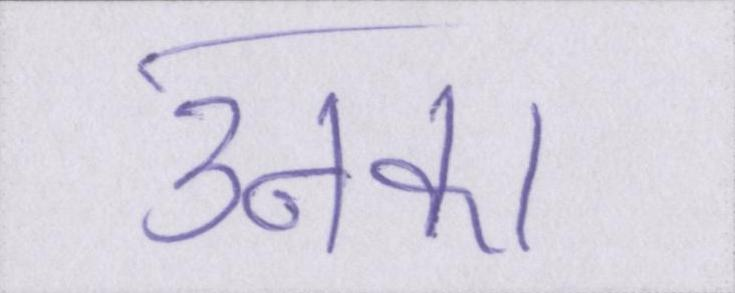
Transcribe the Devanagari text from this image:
उनका